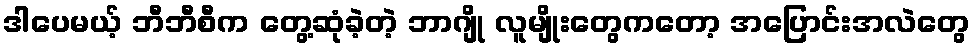
ဒါပေမယ့် ဘီဘီစီက တွေ့ဆုံခဲ့တဲ့ ဘာဂျို လူမျိုးတွေကတော့ အပြောင်းအလဲတွေ